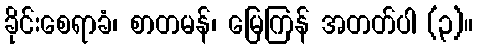
ခိုင်းစေရာခံ၊ စာတမန်၊ မြေကြန် အတတ်ပါ (၃)။